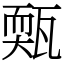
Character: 㼲